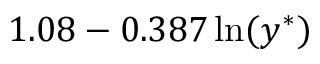
1 . 0 8 - 0 . 3 8 7 \ln ( y ^ { \ast } )